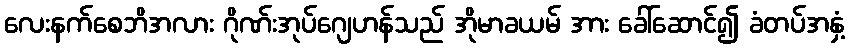
လေးနက်စေဘိအလား ဂိုဏ်းအုပ်ဂျေဟန်သည် အိုမာခယမ် အား ခေါ်ဆောင်၍ ခံတပ်အနှံ့